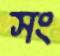
সং